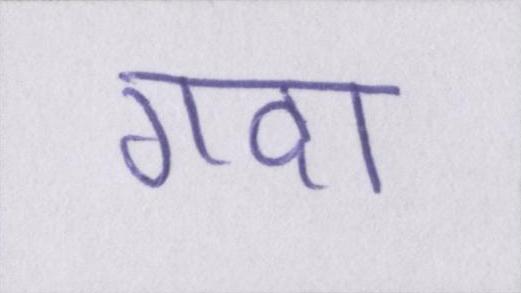
गदा